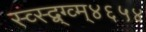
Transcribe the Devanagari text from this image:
स्व्स्द्व्ग्व्म्४६५४